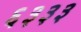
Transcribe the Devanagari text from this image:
६३३३